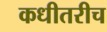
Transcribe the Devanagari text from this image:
कधीतरीच